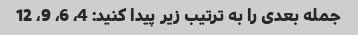
جمله بعدی را به ترتیب زیر پیدا کنید: 4، 6، 9، 12